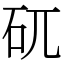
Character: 矹